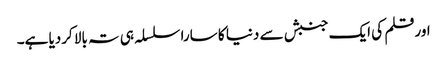
اورقلم کی ایک جنبش سے دنیا کا سارا سلسلہ ہی تہ بالا کردیا ہے۔